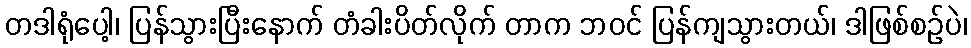
တဒါရုံပေါ့၊ ပြန်သွားပြီးနောက် တံခါးပိတ်လိုက် တာက ဘဝင် ပြန်ကျသွားတယ်၊ ဒါဖြစ်စဉ်ပဲ၊